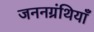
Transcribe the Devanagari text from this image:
जननग्रंथियाँ